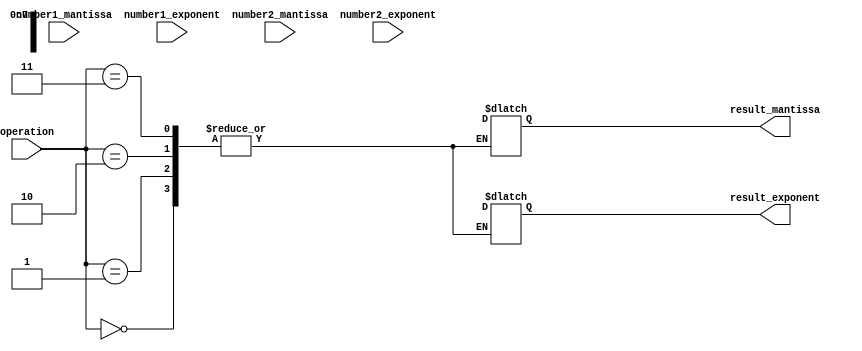
module FloatingPointALU (
    input [31:0] number1_mantissa,
    input [7:0] number1_exponent,
    input [31:0] number2_mantissa,
    input [7:0] number2_exponent,
    input [1:0] operation,
    output reg [31:0] result_mantissa,
    output reg [7:0] result_exponent
);

//define special cases
parameter EXPONENT_NAN = 8'b11111111;
parameter MANTISSA_NAN = 32'b11111111111111111111111;

//logic for handling special cases
always @(*) begin
    case(operation)
        2'b00: //addition
            begin
                //your code for floating point addition
            end
        2'b01: //subtraction
            begin
                //your code for floating point subtraction
            end
        2'b10: //multiplication
            begin
                //your code for floating point multiplication
            end
        2'b11: //division
            begin
                //your code for floating point division
            end
        default:
            begin
                result_mantissa = MANTISSA_NAN;
                result_exponent = EXPONENT_NAN;
            end
    endcase
end

endmodule